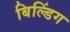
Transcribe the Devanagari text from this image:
बिल्‍डिंग